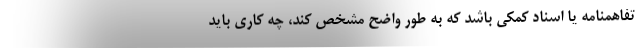
تفاهمنامه‌ یا اسناد کمکی باشد که به طور واضح مشخص کند، چه کاری باید